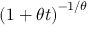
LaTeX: \left( 1 + \theta t \right) ^ { - 1 / \theta }